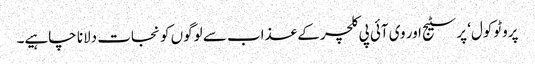
پروٹوکول‘ پرسٹیج اور وی آئی پی کلچر کے عذاب سے لوگوں کو نجات دلانا چاہیے۔